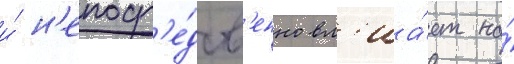
и́ н'епоср'е́дств'енно вл'иа́ет на́